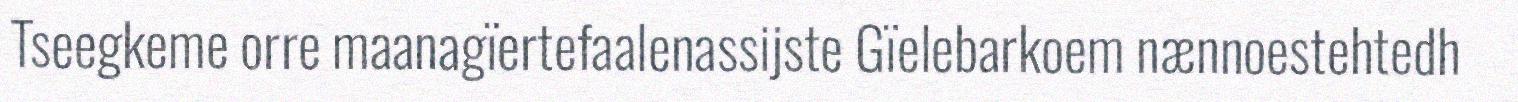
Tseegkeme orre maanagïertefaalenassijste Gïelebarkoem nænnoestehtedh